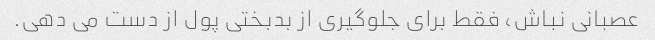
عصبانی نباش، فقط برای جلوگیری از بدبختی پول از دست می دهی.